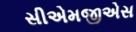
સીએમજીએસ